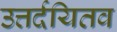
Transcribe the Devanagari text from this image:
उत्तर्दयितव